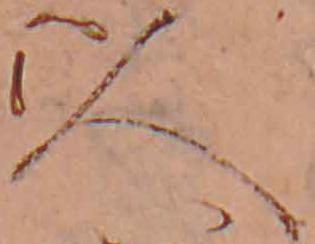
人